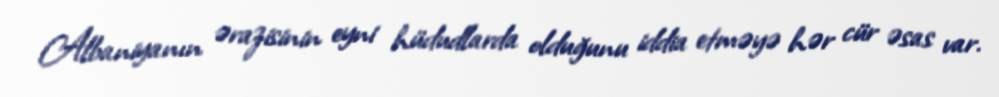
Albaniyanın ərazisinin eyni hüdudlarda olduğunu iddia etməyə hər cür əsas var.